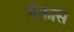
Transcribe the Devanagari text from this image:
मैकास